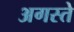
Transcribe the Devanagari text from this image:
अगस्ते